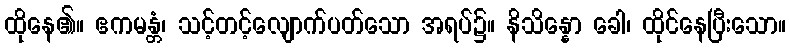
ထိုနေ၏။ ဧကမန္တံ၊ သင့်တင့်လျောက်ပတ်သော အရပ်၌။ နိသိန္နော ခေါ၊ ထိုင်နေပြီးသော။